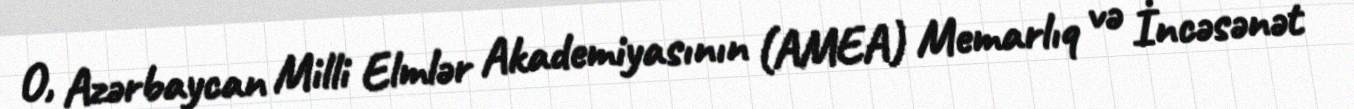
O, Azərbaycan Milli Elmlər Akademiyasının (AMEA) Memarlıq və İncəsənət